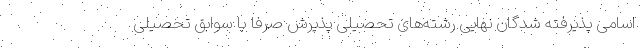
اسامی پذیرفته شدگان نهایی رشته‌های تحصیلی پذیرش صرفاً با سوابق تحصیلی